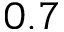
0 . 7